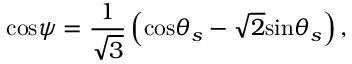
\mathrm { c o s } \psi = \frac { 1 } { \sqrt { 3 } } \left( \mathrm { c o s } \theta _ { s } - \sqrt { 2 } \mathrm { s i n } \theta _ { s } \right) ,